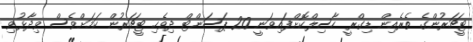
ޓީޗަރުންގެ ތެރެއިން ޑިގްރީ ހާސިލްކޮށްފައިވަނީ 20 ޕަސަންޓް ދިވެހި ޓީޗަރުން ކަމަށްވެސް ވިދާޅުވި